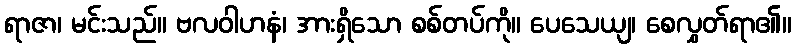
ရာဇာ၊ မင်းသည်။ ဗလဝါဟနံ၊ အားရှိသော စစ်တပ်ကို။ ပေသေယျ၊ စေလွှတ်ရာ၏။